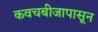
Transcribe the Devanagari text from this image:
कवचबीजापासून